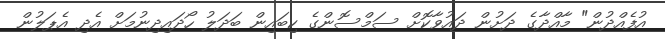
އުފެއްދުން" މާއްދާގެ ދަށުން ދައުވާކޮށް ސަމްސޮންގެ ކިބައިން ބަދަލު ހޯދައިދިނުމަށް އެދި އެޕަލުން